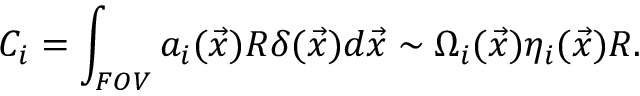
C _ { i } = \int _ { F O V } a _ { i } ( \vec { x } ) R \delta ( \vec { x } ) d \vec { x } \sim \Omega _ { i } ( \vec { x } ) \eta _ { i } ( \vec { x } ) R .